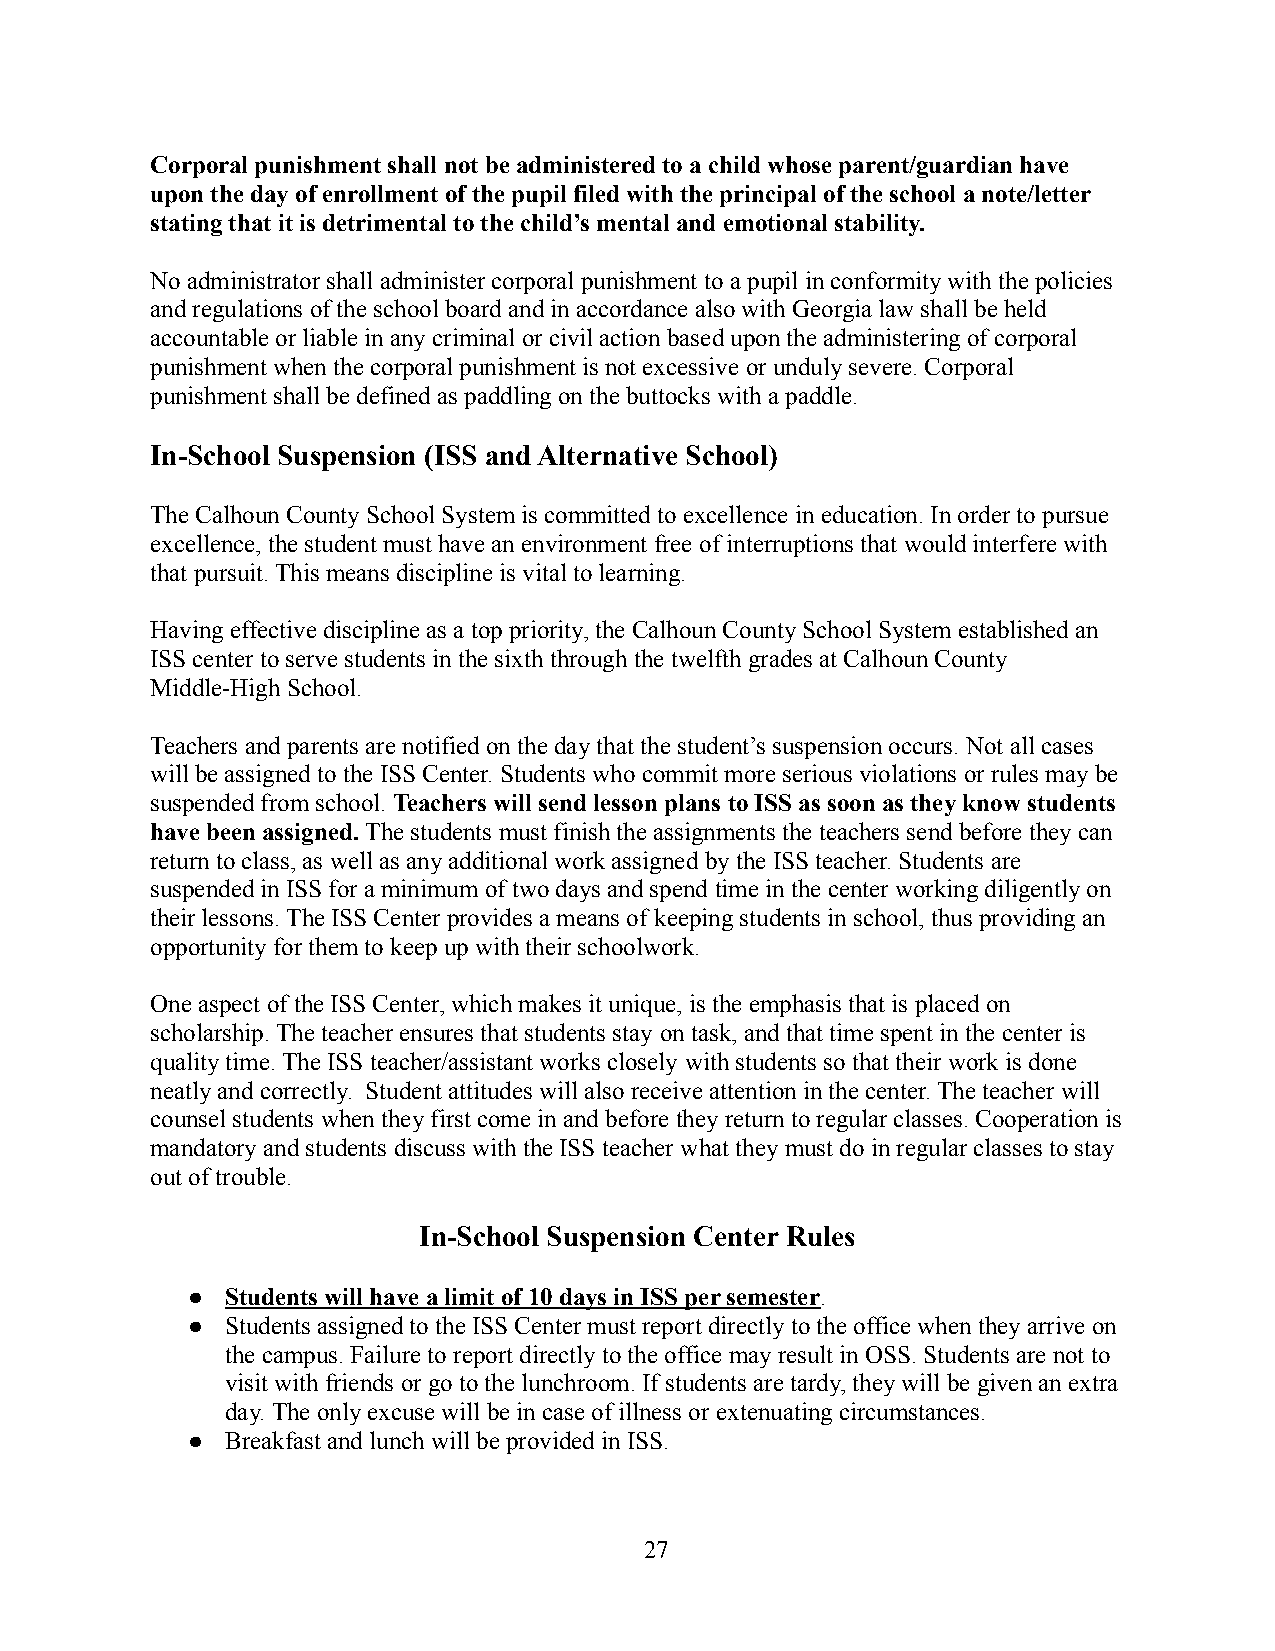
Corporal punishment shall not be administered to a child whose parent/guardian have
 upon the day of enrollment of the pupil filed with the principal of the school a note/letter
 stating that it is detrimental to the child’s mental and emotional stability.
 No administrator shall administer corporal punishmentto a pupil in conformity with the policies
 and regulations of the school board and in accordancealso with Georgia law shall be held
 accountable or liable in any criminal or civil action based upon the administering of corporal
 punishment when the corporal punishment is not excessiveor unduly severe. Corporal
 punishment shall be defined as paddling on the buttocks with a paddle.
 In-School Suspension (ISS and Alternative School)
 The Calhoun County School System is committed to excellencein education. In order to pursue
 excellence, the student must have an environment freeof interruptions that would interfere with
 that pursuit. This means discipline is vital to learning.
 Having effective discipline as a top priority, theCalhoun County School System established an
 ISS center to serve students in the sixth through the twelfth grades at Calhoun County
 Middle-High School.
 Teachers and parents are notified on the day that the student’s suspension occurs. Not all cases
 will be assigned to the ISS Center. Students who commit more serious violations or rules may be
 suspended from school.Teachers will send lesson plans to ISS as soon as they know students
 have been assigned.The students must finish the assignmentsthe teachers send before they can
 return to class, as well as any additional work assigned by the ISS teacher. Students are
 suspended in ISS for a minimum of two days and spend time in the center working diligently on
 their lessons. The ISS Center provides a means of keeping students in school, thus providing an
 opportunity for them to keep up with their schoolwork.
 One aspect of the ISS Center, which makes it unique,is the emphasis that is placed on
 scholarship. The teacher ensures that students stay on task, and that time spent in the center is
 quality time. The ISS teacher/assistant works closely with students so that their work is done
 neatly and correctly. Student attitudes will also receive attention in the center. The teacher will
 counsel students when they first come in and beforethey return to regular classes. Cooperation is
 mandatory and students discuss with the ISS teacher what they must do in regular classes to stay
 out of trouble.
 In-School Suspension Center Rules
 ●  Students will have a limit of 10 days in ISS per semester.
 ●  Students assigned to the ISS Center must report directly to the office when they arrive on
 the campus. Failure to report directly to the office may result in OSS. Students are not to
 visit with friends or go to the lunchroom. If students are tardy, they will be given an extra
 day. The only excuse will be in case of illness or extenuating circumstances.
 ●  Breakfast and lunch will be provided in ISS.
 27